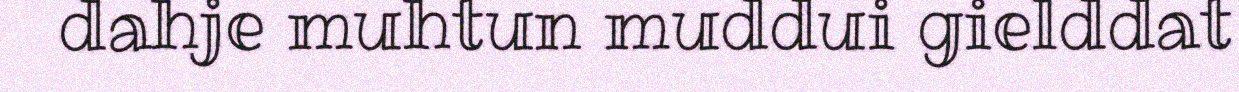
dahje muhtun muddui gielddat